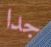
جدا